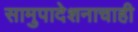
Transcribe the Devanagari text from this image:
सामुपादेशनाचाही